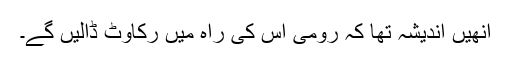
انھیں اندیشہ تھا کہ رومی اس کی راہ میں رکاوٹ ڈالیں گے۔